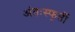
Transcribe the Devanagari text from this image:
अंतःस्फूर्ती